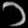
Digit: ၁